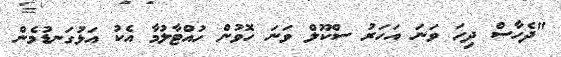
"ދެހާސް ދިހަ ވަނަ އަހަރު ސްކޫލް ވަނަ ހޮވުން ހުއްޓާލުމާ އެކު އަޅުގަނޑުމެން